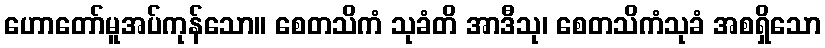
ဟောတော်မူအပ်ကုန်သော။ စေတသိကံ သုခံတိ အာဒီသု၊ စေတသိကံသုခံ အစရှိသော